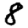
Digit: 8